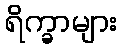
ရိက္ခာများ